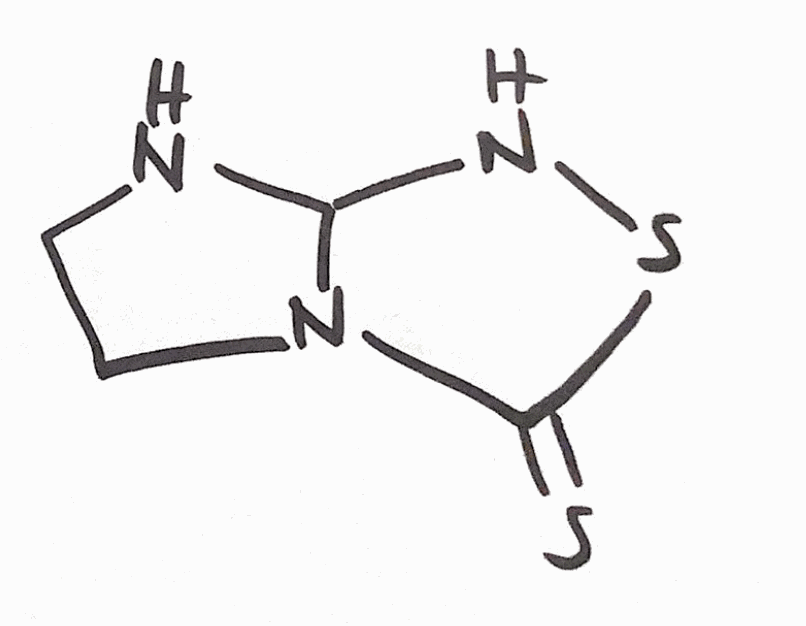
Simplified molecular-input line-entry system (SMILES) notation of the given molecule:
C1CN2C(N1)NSC2=S